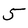
Character: 5